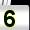
Digit: 5